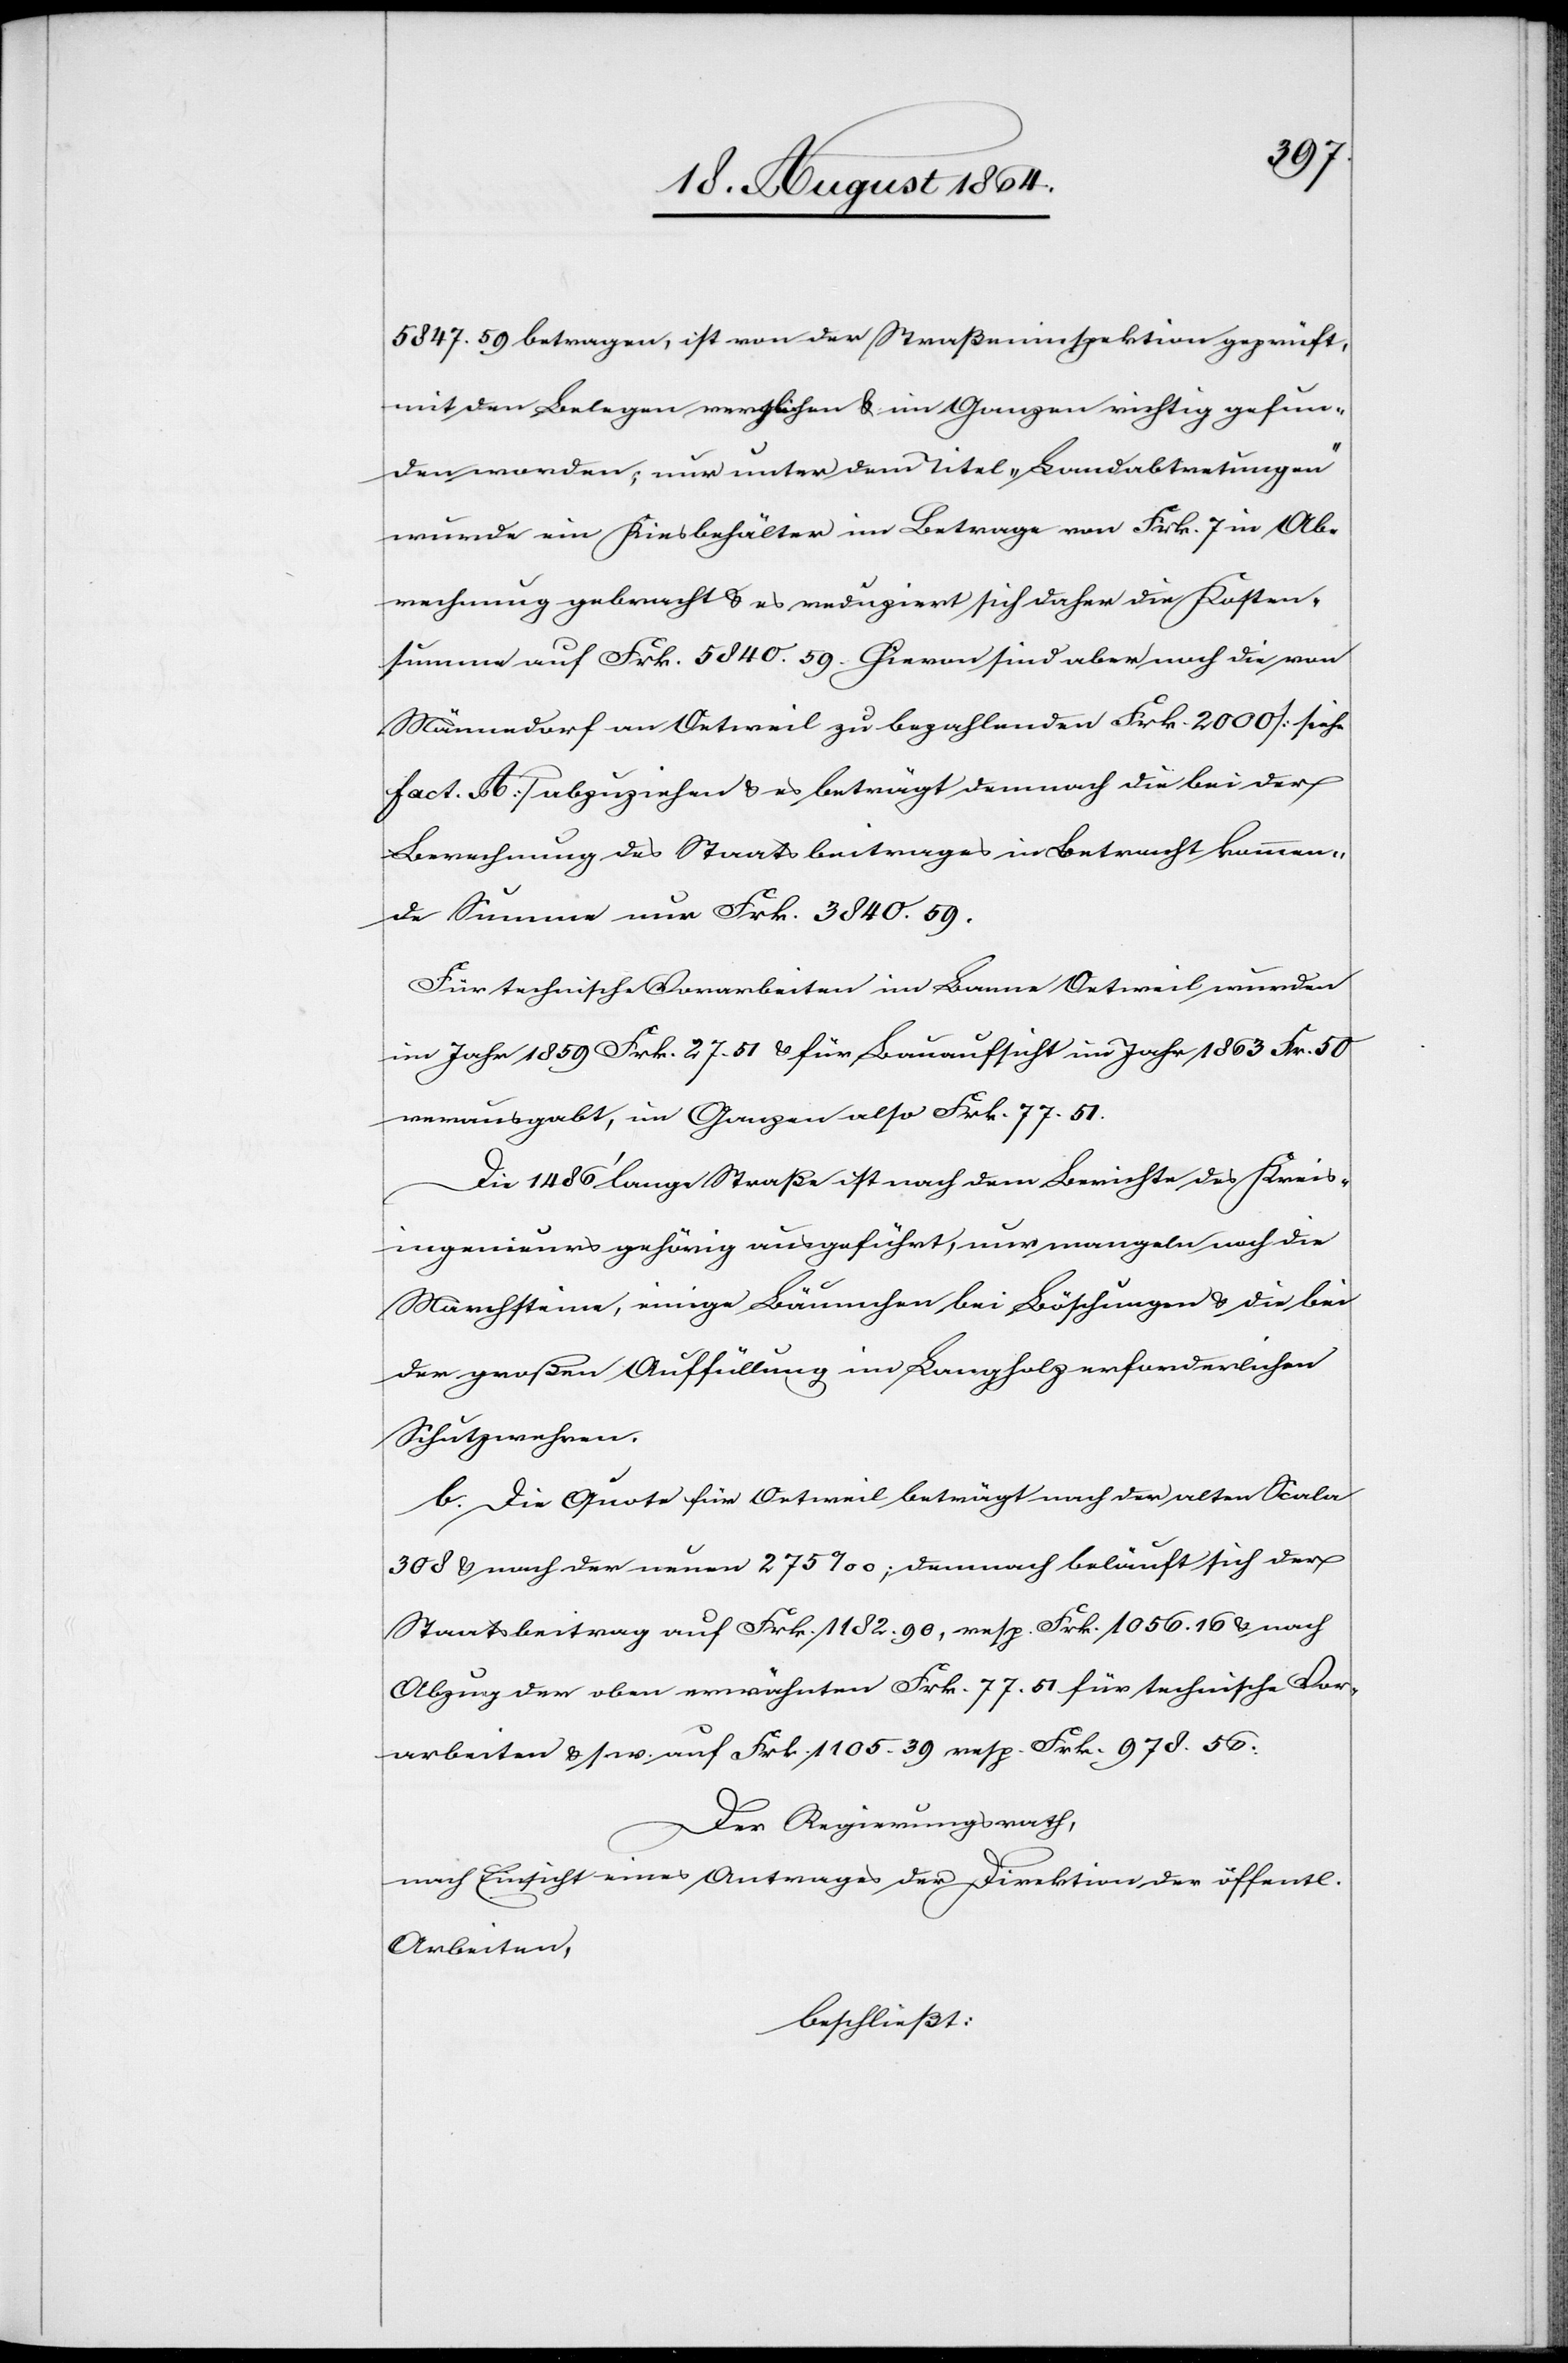
5847.59 betragen, ist von der Straßeninspektion geprüft,
mit den Belegen verglichen & im Ganzen richtig gefun¬
den worden; nur unter dem Titel „Landabtretungen“
wurde ein Kiesbehälter im Betrage von Frk. 7 in Ab¬
rechnung gebracht & es reduziert sich daher die Kosten¬
summe auf Frk. 5840.59. Hievon sind aber noch die von
Männedorf an Oetweil zu bezahlenden Frk. 2000 [siehe
fact. A.] abzuziehen & es beträgt demnach die bei der
Berechnung des Staatsbeitrages in Betracht kommen¬
de Summe nur Frk. 3840.59.
Für technische Vorarbeiten im Banne Oetweil wurden
im Jahr 1859 Frk. 27.51 & für Bauaufsicht im Jahr 1863 Fr. 50
verausgabt, im Ganzen also Frk. 77.51.
Die 1486’ lange Straße ist nach dem Berichte des Kreis¬
ingenieurs gehörig ausgeführt; nur mangeln noch die
Marchsteine, einige Bäumchen bei Böschungen & die bei
der großen Auffüllung im Langholz erforderlichen
Schutzwehren.
b. Die Quote für Oetweil beträgt nach der alten Scala
308 & nach der neuen 275‰; demnach beläuft sich der
Staatsbeitrag auf Frk. 1182.90, resp. Frk. 1056.16 nach
Abzug der oben erwähnten Frk. 77.51 für technische Vor¬
arbeiten & s. w. auf Frk. 1105.39 resp. Frk. 978.56.
Der Regierungsrath,
nach Einsicht eines Antrages der Direktion der öffentl.
Arbeiten,
beschließt: